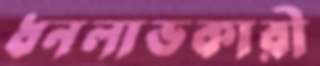
ধনলাভকারী